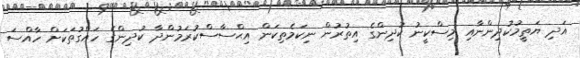
އަދި ޔަތީމުކުދިންނާއި މިސްކީނު ކުދިންގެ އިތުރުން ނިކަމެތިކަން އިޙްސާސްކުރަމުންދާ ކުދިންގެ ހައްގުތަކަށް ހާއްސަ